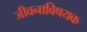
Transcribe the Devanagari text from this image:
जीवनाविषयक